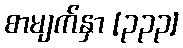
စာမျက်နှာ [၃၃၃]